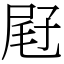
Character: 屘